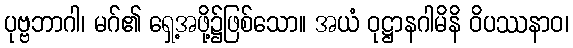
ပုဗ္ဗဘာဂါ၊ မဂ်၏ ရှေ့အဖို့၌ဖြစ်သော။ အယံ ဝုဋ္ဌာနဂါမိနိ ဝိပဿနာဝ၊